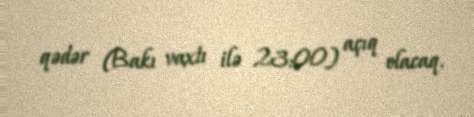
qədər (Bakı vaxtı ilə 23:00) açıq olacaq.